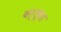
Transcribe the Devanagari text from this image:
वस्तूंसह